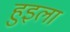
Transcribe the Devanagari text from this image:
हुइला